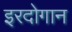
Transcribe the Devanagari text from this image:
इरदोगान